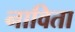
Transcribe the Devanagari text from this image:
नाविता